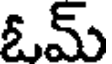
ఓమ్